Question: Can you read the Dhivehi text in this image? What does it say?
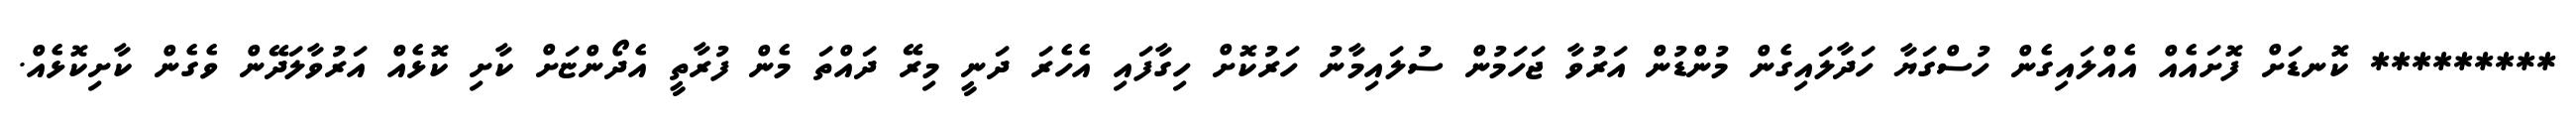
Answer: ********* ކޮނޑަށް ފޮށައެއް އެއްލައިގެން ހުސްގަޔާ ހަދާލައިގެން މުންޑުން އަރުވާ ޖަހަމުން ސުލައިމާނު ހަރުކޮށް ހިގާފައި އެހެރަ ދަނީ މިރޭ ދައްތަ މެން ފުރާތީ އެދޯންޏަށް ކާށި ކޮޅެއް އަރުވާލަދޭން ވެގެން ކާށިކޮޅެއް.